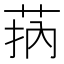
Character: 𦮾